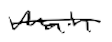
Text: main
Cross-out: single-line
Writing tool: digital_black